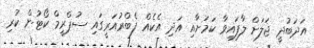
އަދަބުދީ ޖަލަށް ލާފައިވާ ކަމަށާއި އަދި އެކެއް ފެބްރުއަރީގައި ސުޕްރީމް ކޯޓުން ކުރި